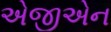
એજીએન